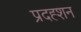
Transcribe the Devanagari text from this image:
प्रदह्शन